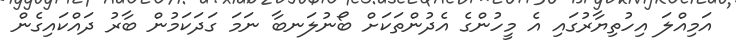
އަމިއްލަ އިހުތިޔާރުގައި އެ މީހުންގެ އެދުންތަކަށް ބޯނުލަނބާ ނަމަ ގަދަކަމުން ބާރު ދައްކައިގެން